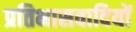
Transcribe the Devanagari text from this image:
प्रतिभासवादियों